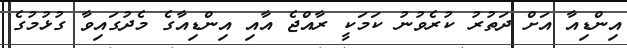
އިންޑިއާ އަށް ދަތުރު ކުރެވުނު ކަމަކީ ރާއްޖެ އާއި އިންޑިއާގެ މެދުގައިވާ ގުޅުމުގެ